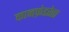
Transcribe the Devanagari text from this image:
कानफ़ेडरेता